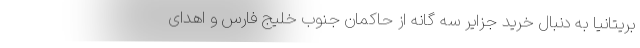
بریتانیا به دنبال خرید جزایر سه گانه از حاکمان جنوب خلیج فارس و اهدای